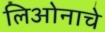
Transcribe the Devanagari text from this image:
लिओनाचे